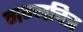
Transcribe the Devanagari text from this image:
नग्नचित्र